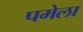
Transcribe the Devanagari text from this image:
पमेला